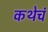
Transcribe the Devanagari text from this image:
कथेचं